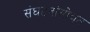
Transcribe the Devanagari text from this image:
संघटनांसोबत